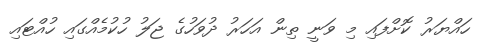
ހައްޔަރު ކޮށްފައި މި ވަނީ ތިން އަހަރު ދުވަހުގެ ޖަލު ހުކުމެއްގައި ހުއްޓައި